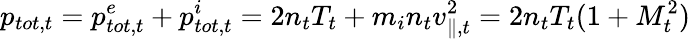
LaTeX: p_{tot,t}=p_{tot,t}^{e}+p_{tot,t}^{i}=2n_{t}T_{t}+m_{i}n_{t}v_{\parallel,t}^{2}=2n_{t}T_{t}(1+M_{t}^{2})